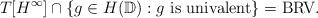
LaTeX: \begin{align*}T[H^{\infty}] \cap \{g \in H(\mathbb{D}) : g \textnormal{ is univalent}\} = \textnormal{BRV}.\end{align*}